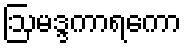
ဩမဒ္ဒကာရကော